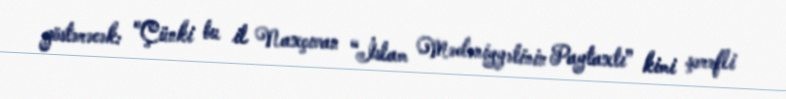
göstərəcək: "Çünki bu il Naxçıvan “İslam Mədəniyyətinin Paytaxtı” kimi şərəfli